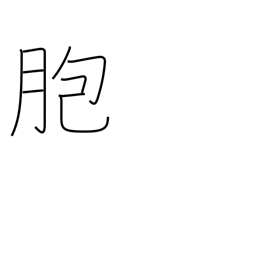
Meaning: sheath